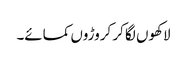
لاکھوں لگا کر کروڑوں کمائے۔